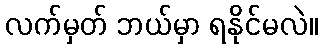
လက်မှတ် ဘယ်မှာ ရနိုင်မလဲ။